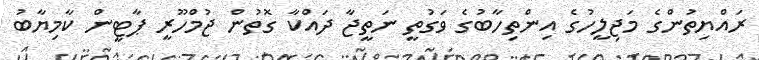
ރައްޔިތުންގެ މަޖިލީހުގެ އިންތިހާބުގެ ވަގުތީ ނަތީޖާ ދައްކާ ގޮތުން ޖުމްހޫރީ ޕާޓީން ކާމިޔާބު